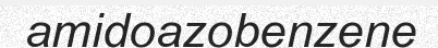
amidoazobenzene